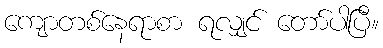
ကျောတစ်နေရာစာ ရလျှင် တော်ပါပြီ။